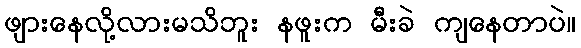
ဖျားနေလို့လားမသိဘူး နဖူးက မီးခဲ ကျနေတာပဲ။